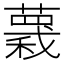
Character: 𧀅